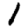
Digit: 1